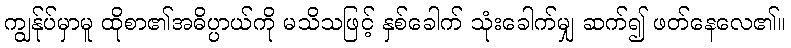
ကျွန်ုပ်မှာမူ ထိုစာ၏အဓိပ္ပာယ်ကို မသိသဖြင့် နှစ်ခေါက် သုံးခေါက်မျှ ဆက်၍ ဖတ်နေလေ၏။